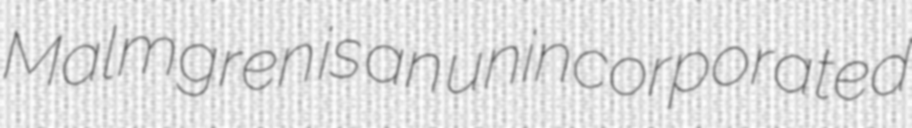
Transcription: Malmgren is an unincorporated